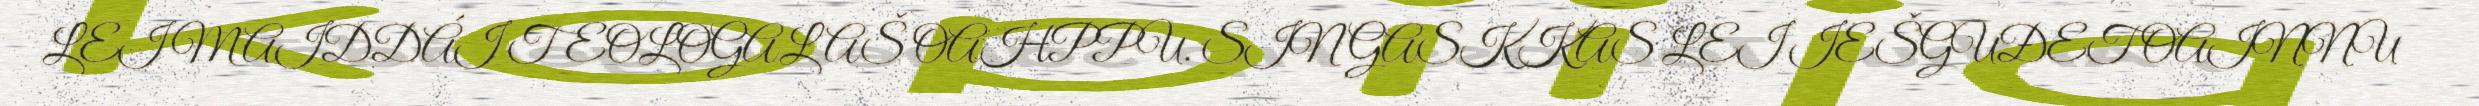
LEI MAIDDÁI TEOLOGALAŠ OAHPPU. SIN GASKKAS LEI IEŠGUĐET OAINNU